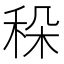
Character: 𥞛